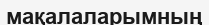
мақалаларымның